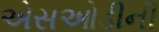
એસઓડીની